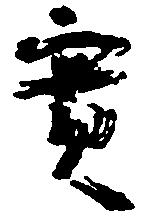
実